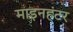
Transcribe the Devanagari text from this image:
माइनहंटर